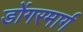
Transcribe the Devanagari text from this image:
डोंगरमार्ग